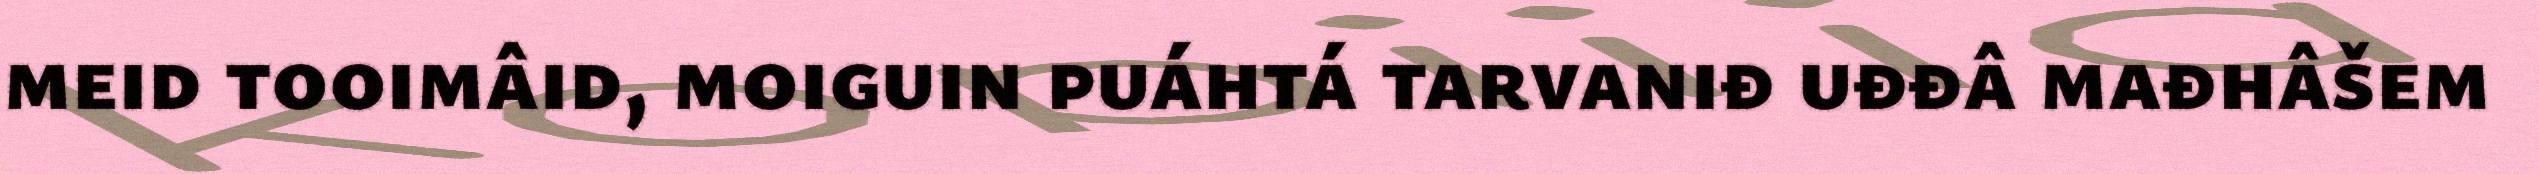
meid tooimâid, moiguin puáhtá tarvaniđ uđđâ mađhâšem